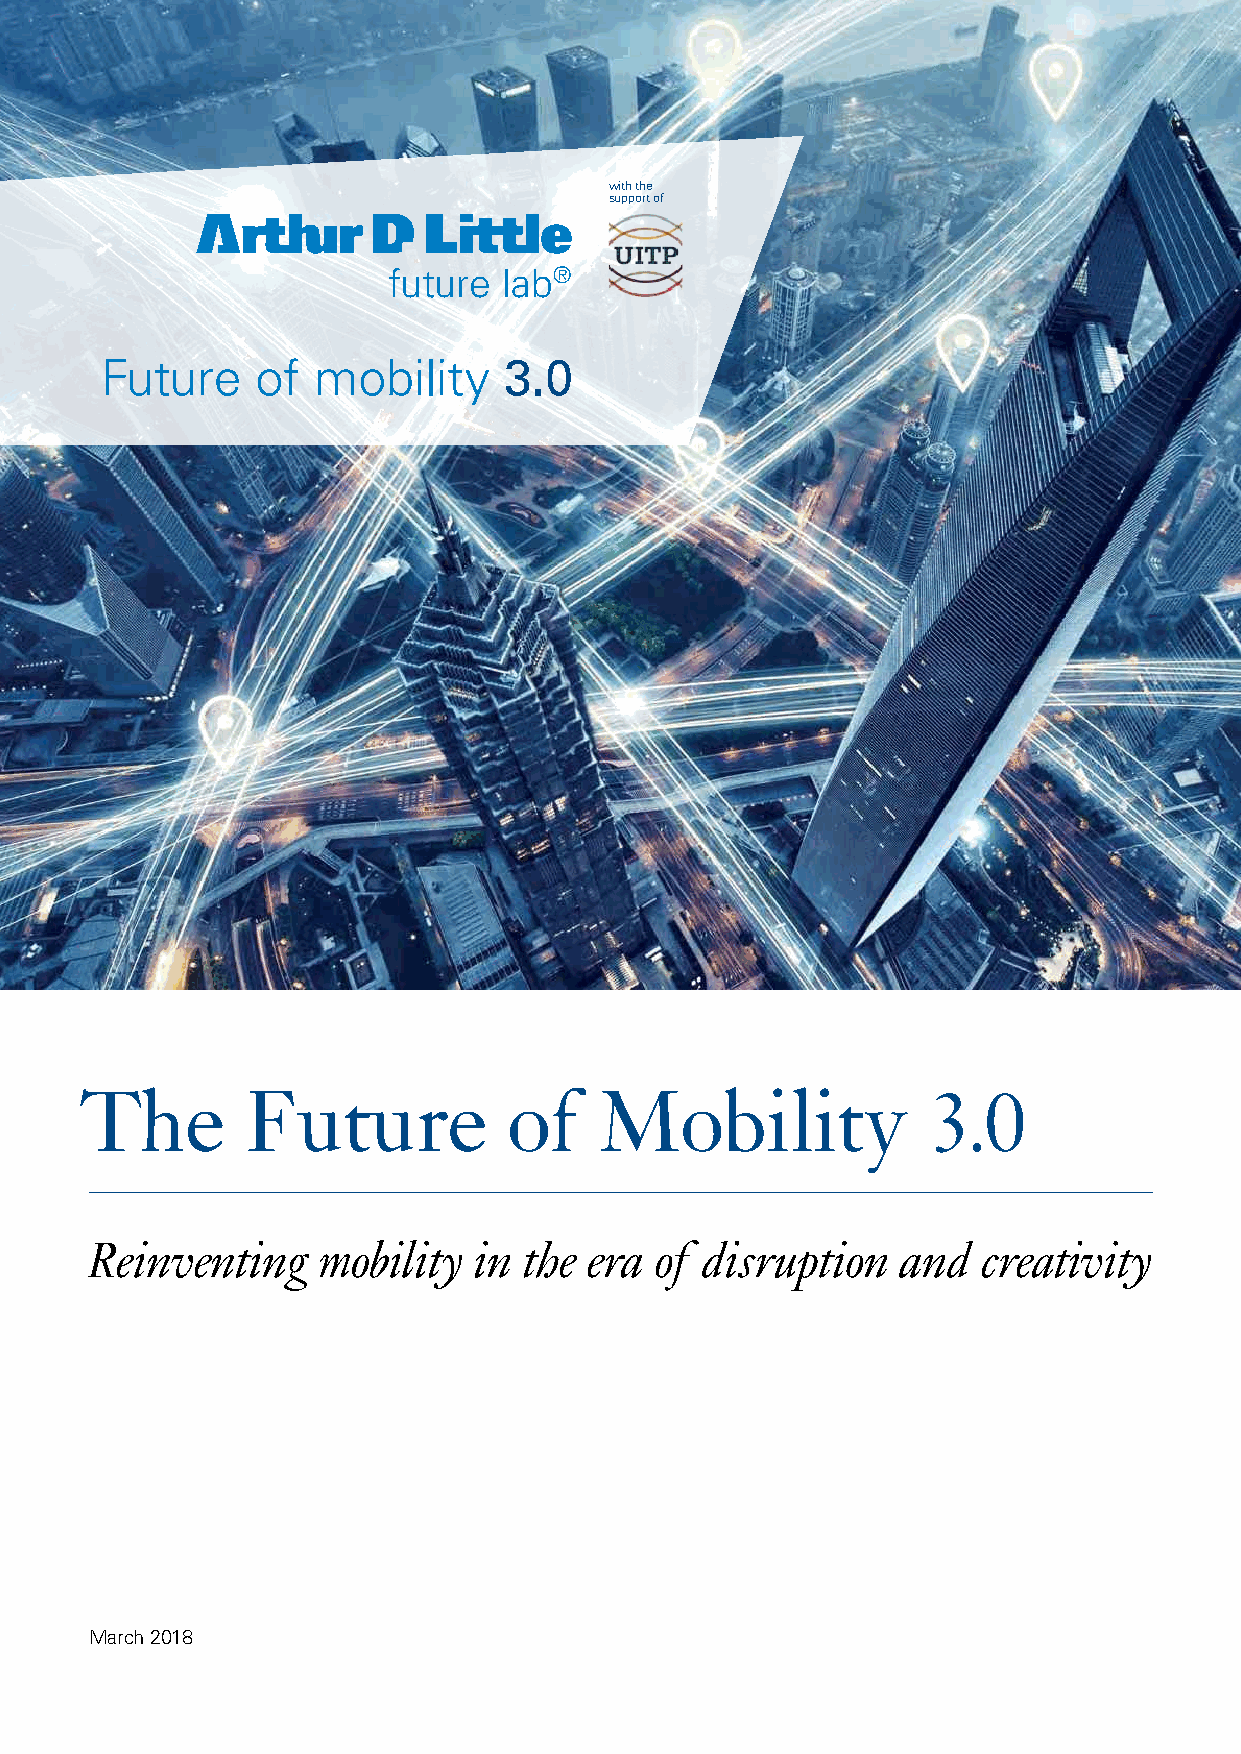
with the
 support of
 future lab®
 Future    of  mobility    3.0
 The        Future            of    Mobility             3.0
 Reinventing    mobility  in the  era of disruption   and   creativity
 March 2018